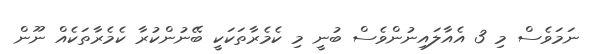
ނަމަވެސް މި 3 އެއާލައިނުންވެސް ބުނީ މި ކެމެރާތަކަކީ ބޭނުންކުރާ ކެމެރާތަކެއް ނޫން